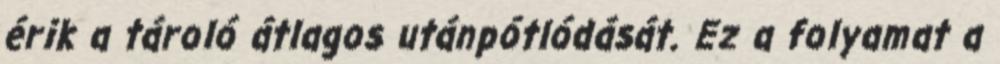
érik a tároló átlagos utánpótlódását. Ez a folyamat a